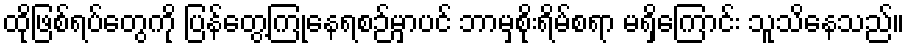
ထိုဖြစ်ရပ်တွေကို ပြန်တွေ့ကြုံနေရစဉ်မှာပင် ဘာမှစိုးရိမ်စရာ မရှိကြောင်း သူသိနေသည်။